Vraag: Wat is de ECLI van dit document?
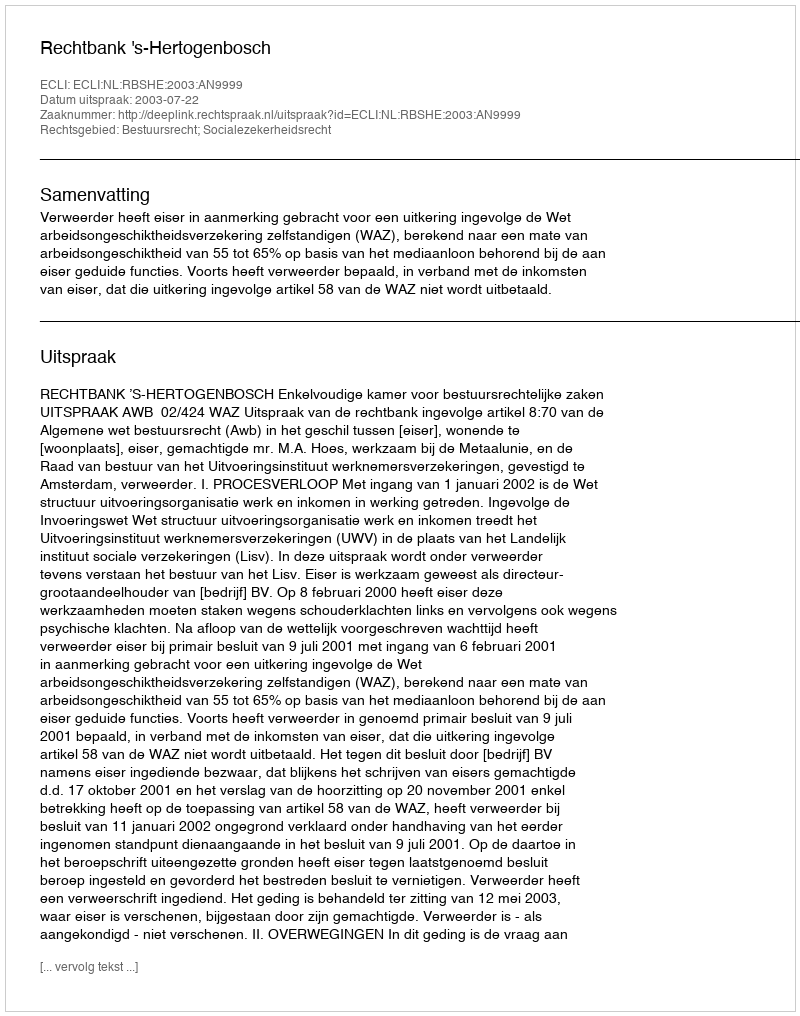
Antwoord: ECLI:NL:RBSHE:2003:AN9999